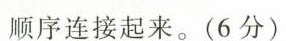
顺序连接起来。(6分)